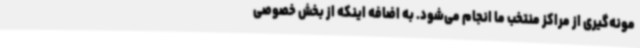
مونه‌گیری از مراکز منتخب ما انجام می‌شود. به اضافه اینکه از بخش خصوصی